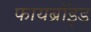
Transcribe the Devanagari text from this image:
फायब्रॉइड